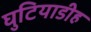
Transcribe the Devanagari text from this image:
घुटियाडीह